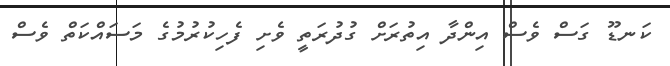
ކަނޑޫ ގަސް ވެސް އިންދާ އިތުރަށް ގުދުރަތީ ވެށި ފެހިކުރުމުގެ މަސައްކަތް ވެސް